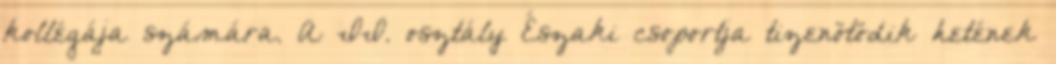
kollégája számára. A II. osztály Északi csoportja tizenötödik hetének